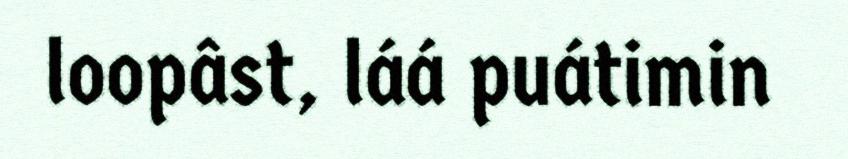
loopâst, láá puátimin